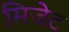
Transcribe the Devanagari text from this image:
मिजेट